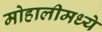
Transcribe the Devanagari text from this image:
मोहालीमध्ये